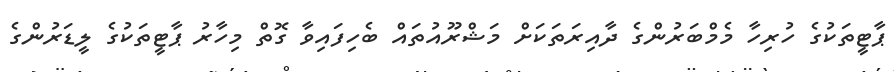
ޕާޓީތަކުގެ ހުރިހާ މެމްބަރުންގެ ދާއިރަތަަކަށް މަޝްރޫއުތައް ބެހިފައިވާ ގޮތް މިހާރު ޕާޓީތަކުގެ ލީޑަރުންގެ